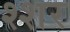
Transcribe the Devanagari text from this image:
श्शर